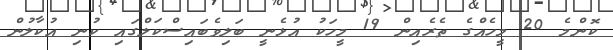
ކޮންމެ 20 މީހެއްގެ ތެރެއިން 19 މީހަކު އުޅެނީ ބަލިވެބައިސްކަލްގައި ކުނި އުކާލުން